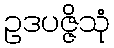
ဥဒပဇ္ဇိသုံ